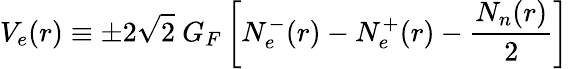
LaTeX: V_{e}(r)\equiv\pm 2\sqrt{2}\ G_{F}\left[N_{e}^{-}(r)-N_{e}^{+}(r)-\frac{N_{n}(r)}{2}\right]